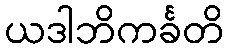
ယဒါဘိကင်္ခတိ